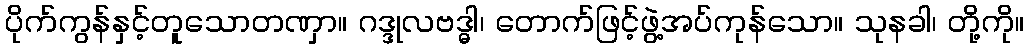
ပိုက်ကွန်နှင့်တူသောတဏှာ။ ဂဒ္ဒုလဗဒ္ဓါ၊ တောက်ဖြင့်ဖွဲ့အပ်ကုန်သော။ သုနခါ၊ တို့ကို။